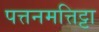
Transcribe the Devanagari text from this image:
पत्तनमत्तिट्टा